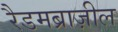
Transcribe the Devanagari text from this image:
रैडमब्राज़ील